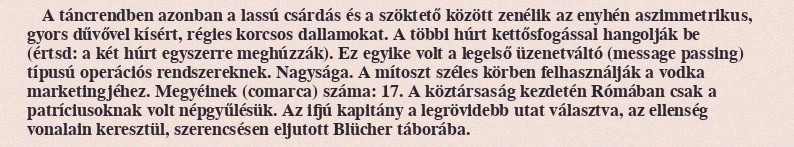
A táncrendben azonban a lassú csárdás és a szöktető között zenélik az enyhén aszimmetrikus, gyors dűvővel kísért, régies korcsos dallamokat. A többi húrt kettősfogással hangolják be (értsd: a két húrt egyszerre meghúzzák). Ez egyike volt a legelső üzenetváltó (message passing) típusú operációs rendszereknek. Nagysága. A mítoszt széles körben felhasználják a vodka marketingjéhez. Megyéinek (comarca) száma: 17. A köztársaság kezdetén Rómában csak a patríciusoknak volt népgyűlésük. Az ifjú kapitány a legrövidebb utat választva, az ellenség vonalain keresztül, szerencsésen eljutott Blücher táborába.